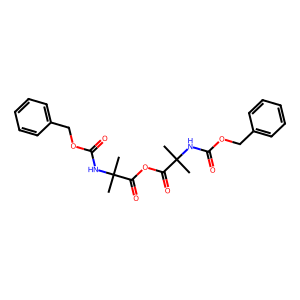
SMILES: CC(C)(NC(=O)OCc1ccccc1)C(=O)OC(=O)C(C)(C)NC(=O)OCc1ccccc1
Inhibits HIV replication: No